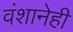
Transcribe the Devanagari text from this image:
वंशानेही